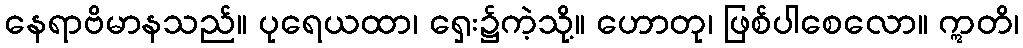
နေရာဗိမာနသည်။ ပုရေယထာ၊ ရှေး၌ကဲ့သို့။ ဟောတု၊ ဖြစ်ပါစေလော။ ဣတိ၊